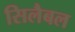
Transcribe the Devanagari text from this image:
सिलैबल